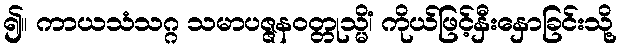
၍။ ကာယသံသဂ္ဂ သမာပဇ္ဇနဝတ္တုသ္မိံ၊ ကိုယ်ဖြင့်နှီးနှောခြင်းသို့